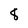
Character: 8